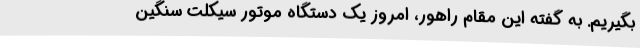
بگیریم. به گفته این مقام راهور، امروز یک دستگاه موتور سیکلت سنگین